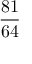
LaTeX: \frac { 8 1 } { 6 4 }